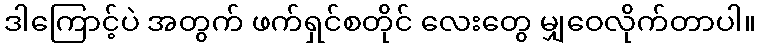
ဒါကြောင့်ပဲ အတွက် ဖက်ရှင်စတိုင် လေးတွေ မျှဝေလိုက်တာပါ။